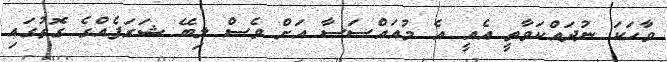
ވާހަކަ ނުދައްކަވާތީ އެއީ އެ މުއައްސަސާ އަށް ވެސް ލިބޭ ޝަރަފެއްގެ ގޮތުގައި